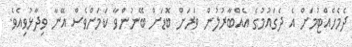
ދެމެހެއްޓުމަށް އެ ދެގައުމުގެ އެއްބާރުލުން ވަރަށް ބޮޑަށް ބޭނުންވާ ކަމަށްވެސް އޭނާ ވިދާޅުވިއެވެ.